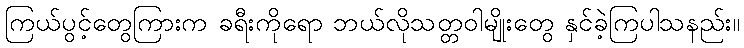
ကြယ်ပွင့်တွေကြားက ခရီးကိုရော ဘယ်လိုသတ္တဝါမျိုးတွေ နှင်ခဲ့ကြပါသနည်း။